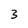
Character: 3